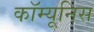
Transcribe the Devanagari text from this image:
कॉम्यूनिस